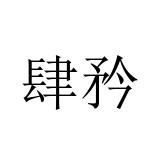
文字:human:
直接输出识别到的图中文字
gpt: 肆矜